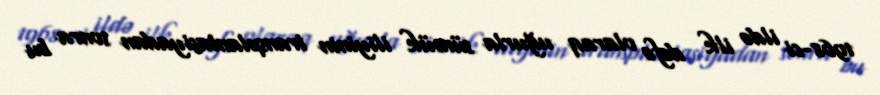
1968-ci ildə ilk dəfə olaraq uğurla sümük iliyinin transplantasiyadan sonra bu